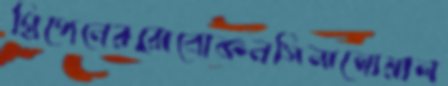
গ্রিপেনেররোবোকনসিনালোয়াল